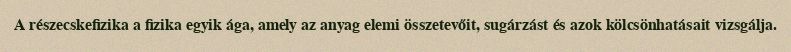
A részecskefizika a fizika egyik ága, amely az anyag elemi összetevőit, sugárzást és azok kölcsönhatásait vizsgálja.